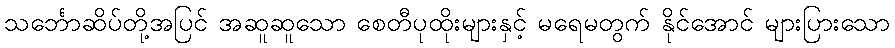
သင်္ဘောဆိပ်တို့အပြင် အဆူဆူသော စေတီပုထိုးများနှင့် မရေမတွက် နိုင်အောင် များပြားသော